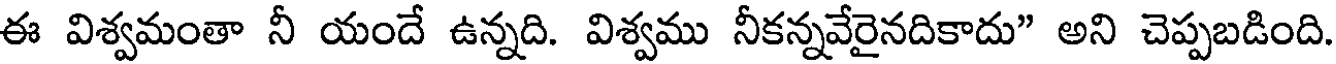
ఈ విశ్వమంతా నీ యందే ఉన్నది. విశ్వము నీకన్నవేరైనదికాదు" అని చెప్పబడింది.